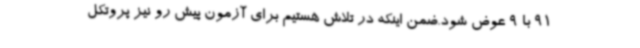
91 با 9 عوض شود.ضمن اینکه در تلاش هستیم برای آزمون پیش رو نیز پروتکل